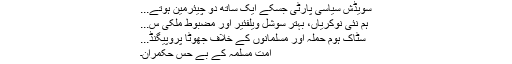
سویڈش سیاسی پارٹی جسکے ایک ساتھ دو چیئرمین ہوتے...
ہم نئی نوکریاں، بہتر سوشل ویلفئیر اور مضبوط ملکی س...
سٹاک ہوم حملہ اور مسلمانوں کے خلاف جھوٹا پروپیگنڈ...
امت مسلمہ کے بے حس حکمران۔